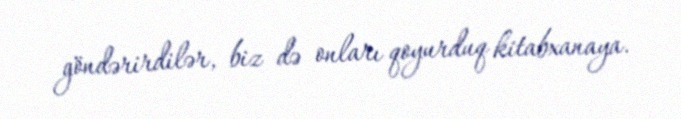
göndərirdilər, biz də onları qoyurduq kitabxanaya.